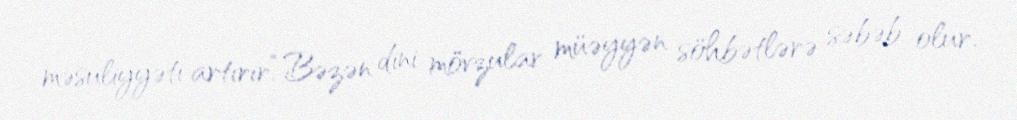
məsuliyyəti artırır.“Bəzən dini mövzular müəyyən söhbətlərə səbəb olur.